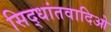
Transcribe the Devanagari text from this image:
सिद्धांतवादिओ